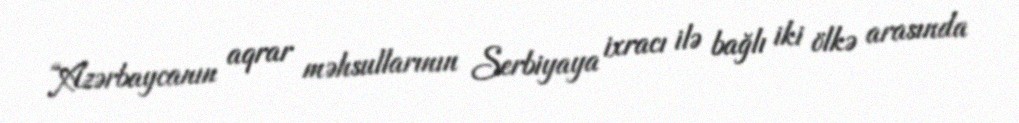
“Azərbaycanın aqrar məhsullarının Serbiyaya ixracı ilə bağlı iki ölkə arasında